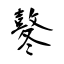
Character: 鼕